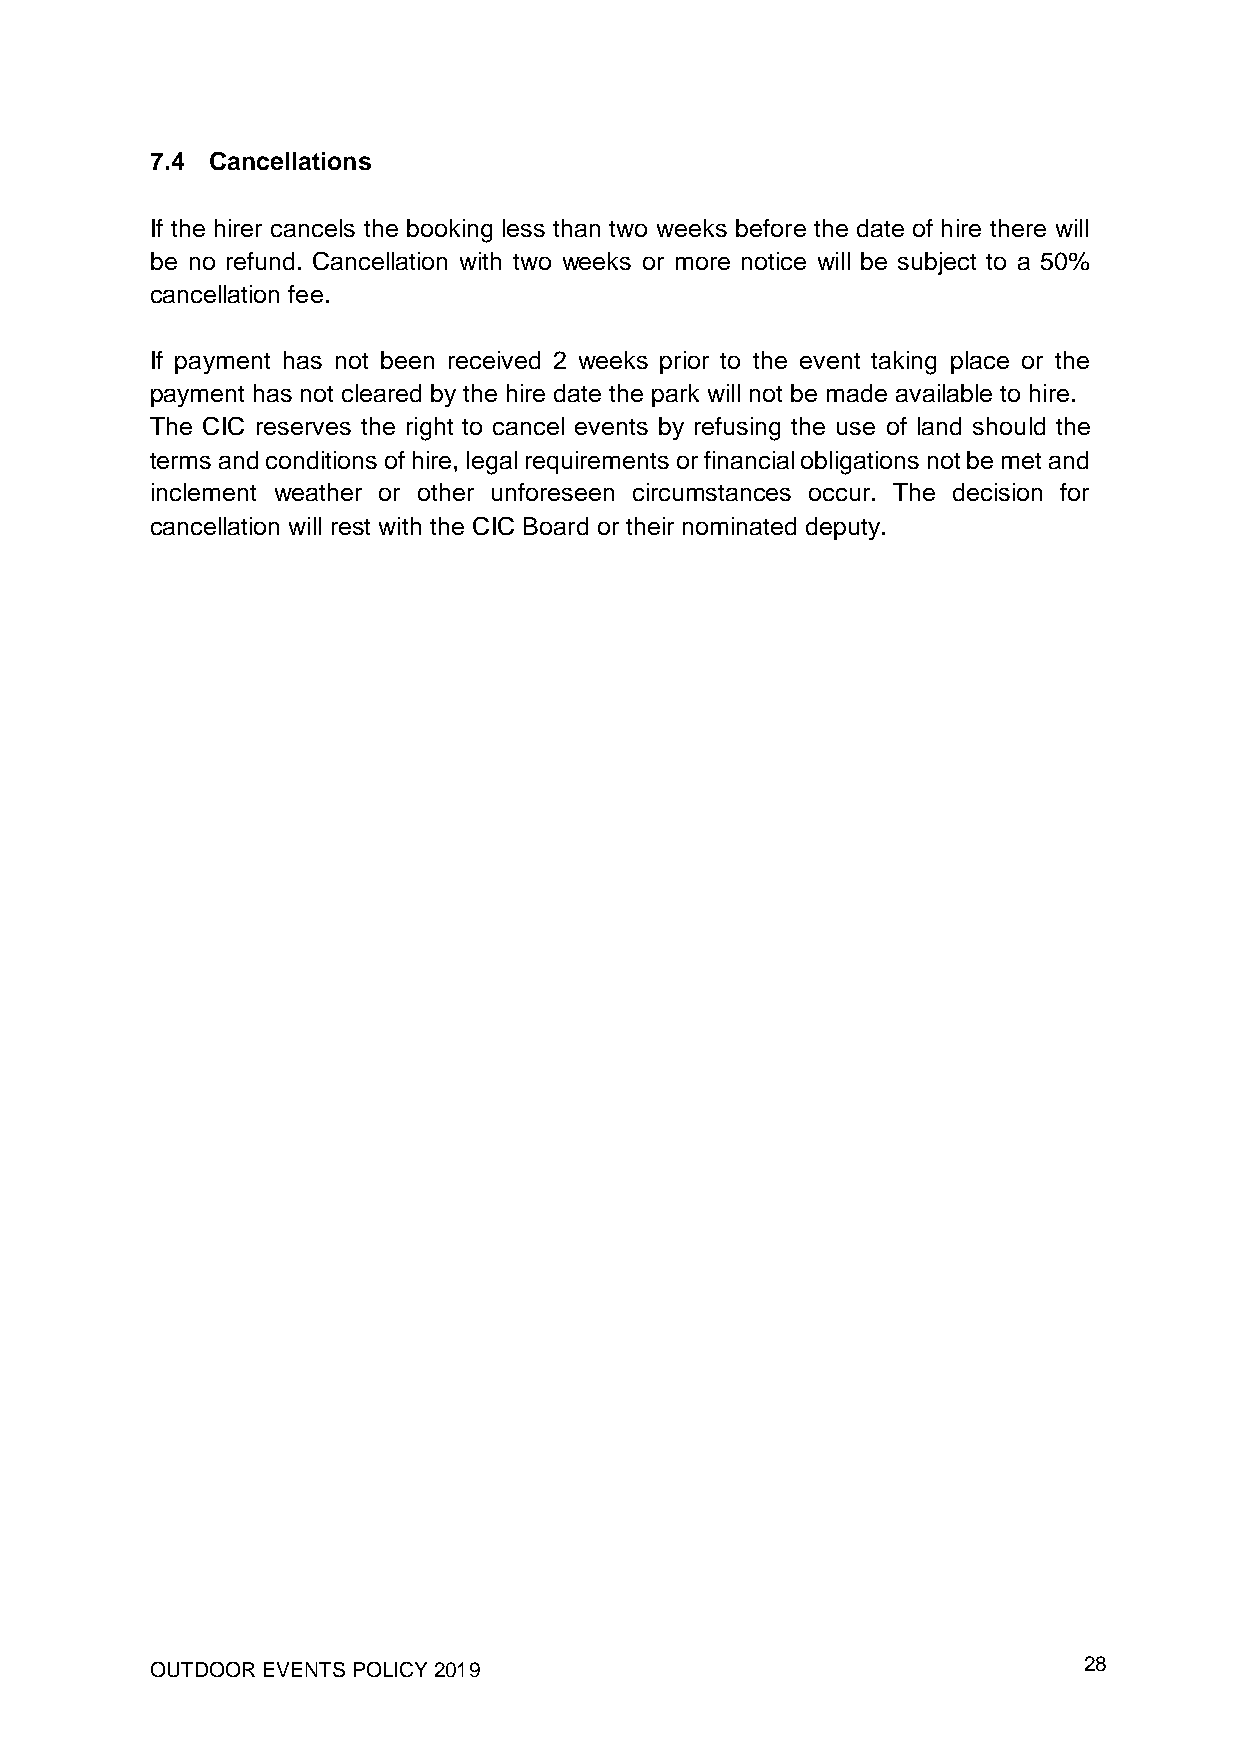
7.4 Cancellations
 If the hirer cancels the booking less than two weeks before the date of hire there will
 be no refund. Cancellation with two weeks or more notice will be subject to a 50%
 cancellation fee.
 If payment has not been received 2 weeks prior to the event taking place or the
 payment has not cleared by the hire date the park will not be made available to hire.
 The CIC reserves the right to cancel events by refusing the use of land should the
 terms and conditions of hire, legal requirements or financial obligations not be met and
 inclement weather or other unforeseen circumstances occur. The decision for
 cancellation will rest with the CIC Board or their nominated deputy.
 OUTDOOR EVENTS POLICY 2019                                    28